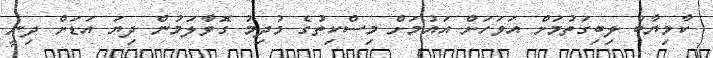
ކާމިޔާބު ލިބިގަތުމަށް އަވަހަށް އައުމަށް މިސްކިތުގެ މުދިމު ގޮވާލަމުން ދިޔަ އަޑަށް ދިނީ